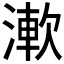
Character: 𣼴